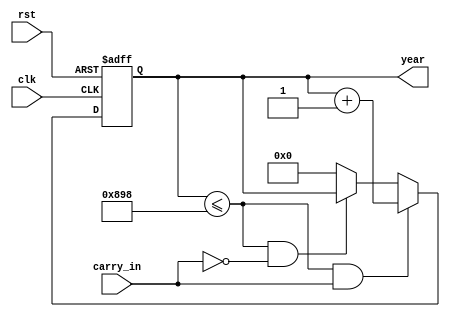
`timescale 1ns / 1ps
//////////////////////////////////////////////////////////////////////////////////
// Company: 
// Engineer: 
// 
// Design Name: 
// Module Name: year
// Project Name: 
// Target Devices: 
// Tool Versions: 
// Description: 
// 
// Dependencies: 
// 
// Revision:
// Revision 0.01 - File Created
// Additional Comments:
// 
//////////////////////////////////////////////////////////////////////////////////


module year(
    clk,
    rst,
    carry_in,
    year
    );
    input clk;
    input rst;
    input carry_in;
    output reg [11:0]year;
    reg [11:0]year_next;
    always@*
        if (year<=2200 && carry_in)
           year_next = year + 1;
       else if (year<=2200 && (~carry_in))
           year_next = year;
       else
            year_next = 0;
    
    always@(posedge clk or posedge rst)
        if(rst) year <= 2000;
        else year <= year_next;
endmodule